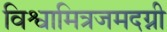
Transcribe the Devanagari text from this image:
विश्वामित्रजमदग्नी